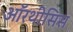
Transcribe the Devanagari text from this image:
ऑरथीसिस